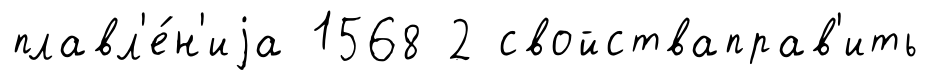
плавл'е́н'иjа 1568 2 свойстваправ'ить